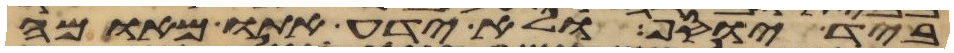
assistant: ביד יוסף ולא ידע אתו מאומה